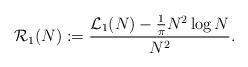
LaTeX: \begin{align*}\mathcal{R}_{1}(N):=\frac{\mathcal{L}_{1}(N)-\frac{1}{\pi}N^{2}\log N}{N^2}.\end{align*}